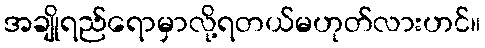
အချိုရည်ရောမှာလို့ရတယ်မဟုတ်လားဟင်။